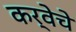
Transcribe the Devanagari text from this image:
कर्वेचे